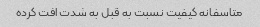
متاسفانه کیفیت نسبت به قبل به شدت افت کرده